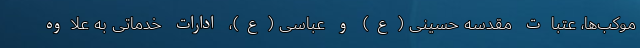
موکب‌ها، عتبات مقدسه حسینی (ع) و عباسی (ع)، ادارات خدماتی به علاوه